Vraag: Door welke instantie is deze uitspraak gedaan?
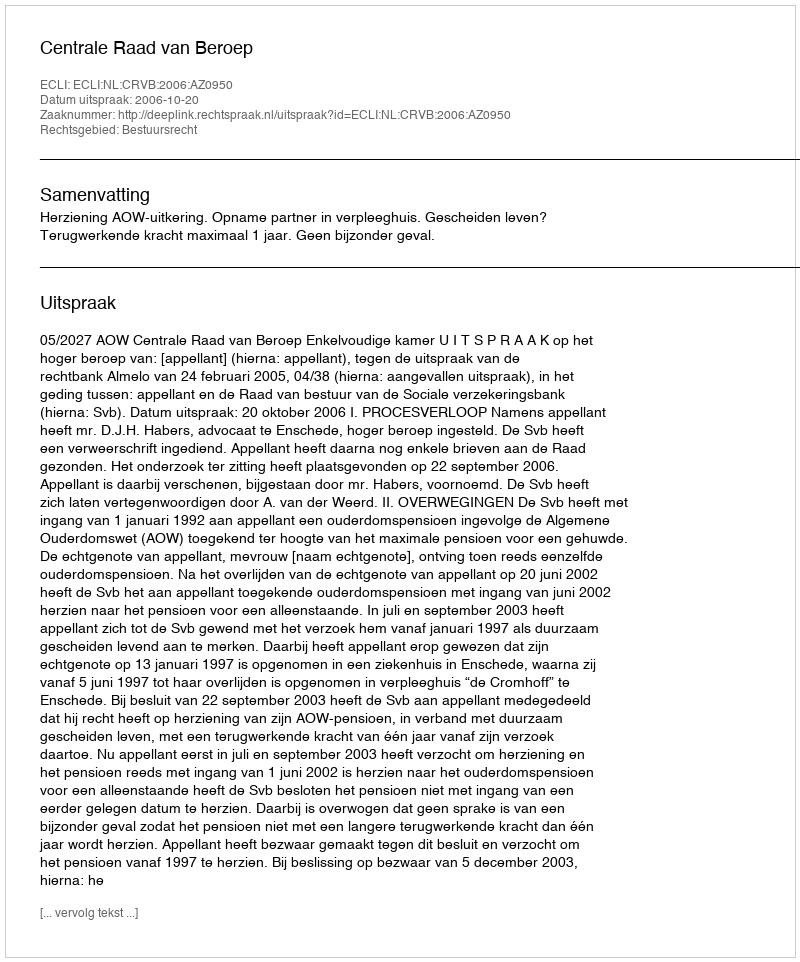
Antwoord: Centrale Raad van Beroep